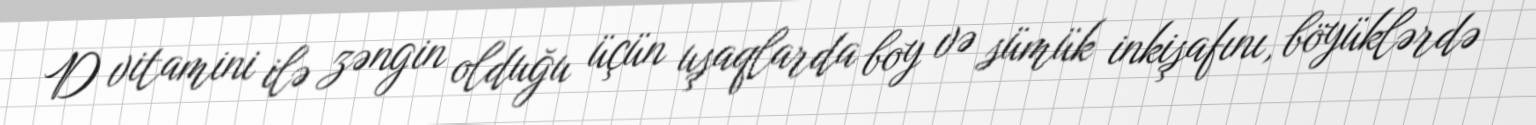
D vitamini ilə zəngin olduğu üçün uşaqlarda boy və sümük inkişafını, böyüklərdə